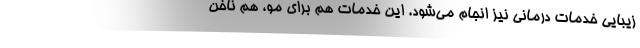
زیبایی خدمات درمانی نیز انجام می‌شود. این خدمات هم برای مو، هم ناخن